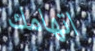
اتهامك